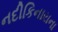
નદીકિનારાના